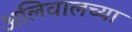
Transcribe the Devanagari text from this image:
अलिवालच्या